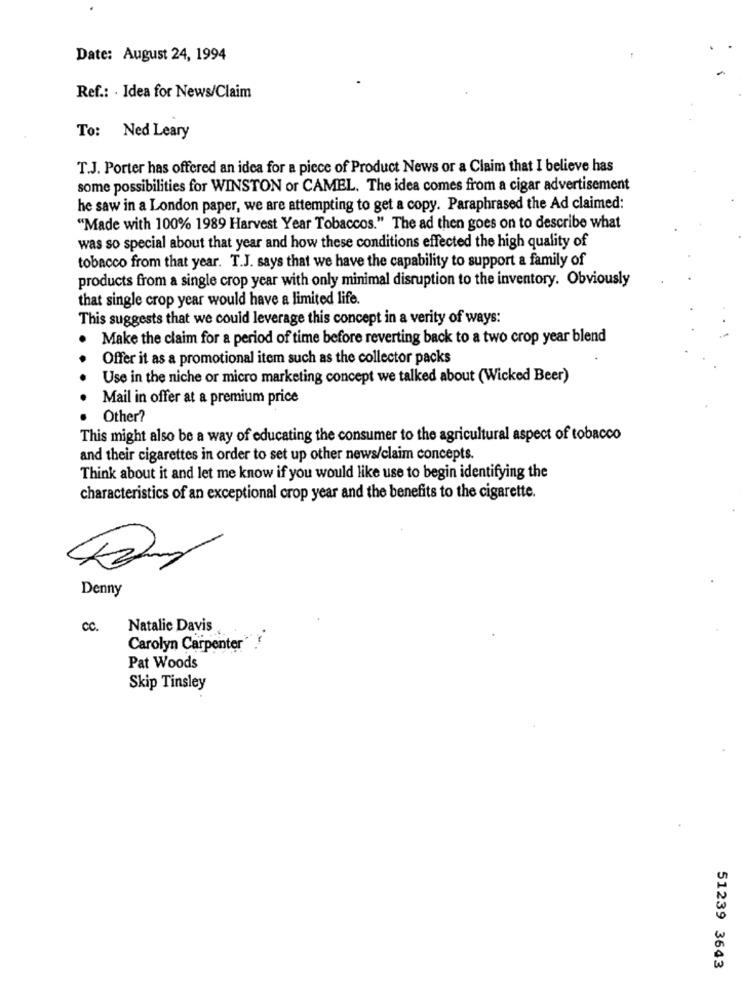
Date: August 24, 1994
Ref .: . Idea for News/Claim
To: Ned Leary
T.J. Porter has offered an idea for a piece of Product News or a Claim that I believe has
some possibilities for WINSTON or CAMEL. The idea comes from a cigar advertisement
he saw in a London paper, we are attempting to get a copy. Paraphrased the Ad claimed:
"Made with 100% 1989 Harvest Year Tobaccos." The ad then goes on to describe what
was so special about that year and how these conditions effected the high quality of
tobacco from that year. T.J. says that we have the capability to support a family of
products from a single crop year with only minimal disruption to the inventory. Obviously
that single crop year would have a limited life.
This suggests that we could leverage this concept in a verity of ways:
Make the claim for a period of time before reverting back to a two crop year blend
Offer it as a promotional item such as the collector packs
Use in the niche or micro marketing concept we talked about (Wicked Beer)
Mail in offer at a premium price
Other?
This might also be a way of educating the consumer to the agricultural aspect of tobacco
and their cigarettes in order to set up other news/claim concepts.
Think about it and let me know if you would like use to begin identifying the
characteristics of an exceptional crop year and the benefits to the cigarette.
Denny
cc.
Natalie Davis
Carolyn Carpenter
Pat Woods
Skip Tinsley
51239 3643